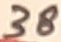
Text: 38